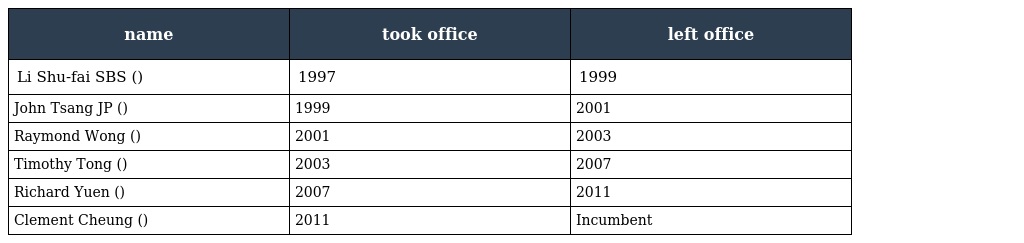
| name | took office | left office |
 | --- | --- | --- |
 | Li Shu-fai SBS (李樹輝) | 1997 | 1999 |
 | John Tsang JP (曾俊華) | 1999 | 2001 |
 | Raymond Wong (黃鴻超) | 2001 | 2003 |
 | Timothy Tong (湯顯明) | 2003 | 2007 |
 | Richard Yuen (袁銘輝) | 2007 | 2011 |
 | Clement Cheung (張雲正) | 2011 | Incumbent |